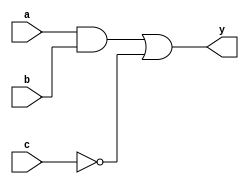
module combinational_logic (
    input wire a,     // First input signal
    input wire b,     // Second input signal
    input wire c,     // Third input signal
    output reg y      // Output signal
);

// Behavioral modeling block sensitive to input changes
always @ (a, b, c) begin
    // Assigning values to output based on input signals
    y = (a & b) | (~c); // Example operation: y = (a AND b) OR (NOT c)
end

endmodule